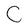
Character: C